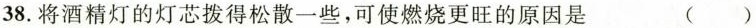
38.将酒精灯的灯芯拨得松散一些，可使燃烧更旺的原因是 （）